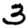
Digit: 3